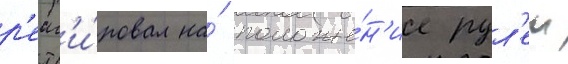
р'еаг'и́ровал на́ положе́н'ие рул'еи